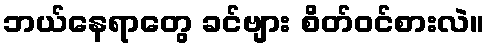
ဘယ်နေရာတွေ ခင်ဗျား စိတ်ဝင်စားလဲ။